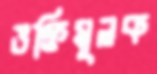
ভক্তিমূলক